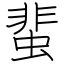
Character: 蜚